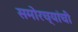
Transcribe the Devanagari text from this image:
समोरच्यांची